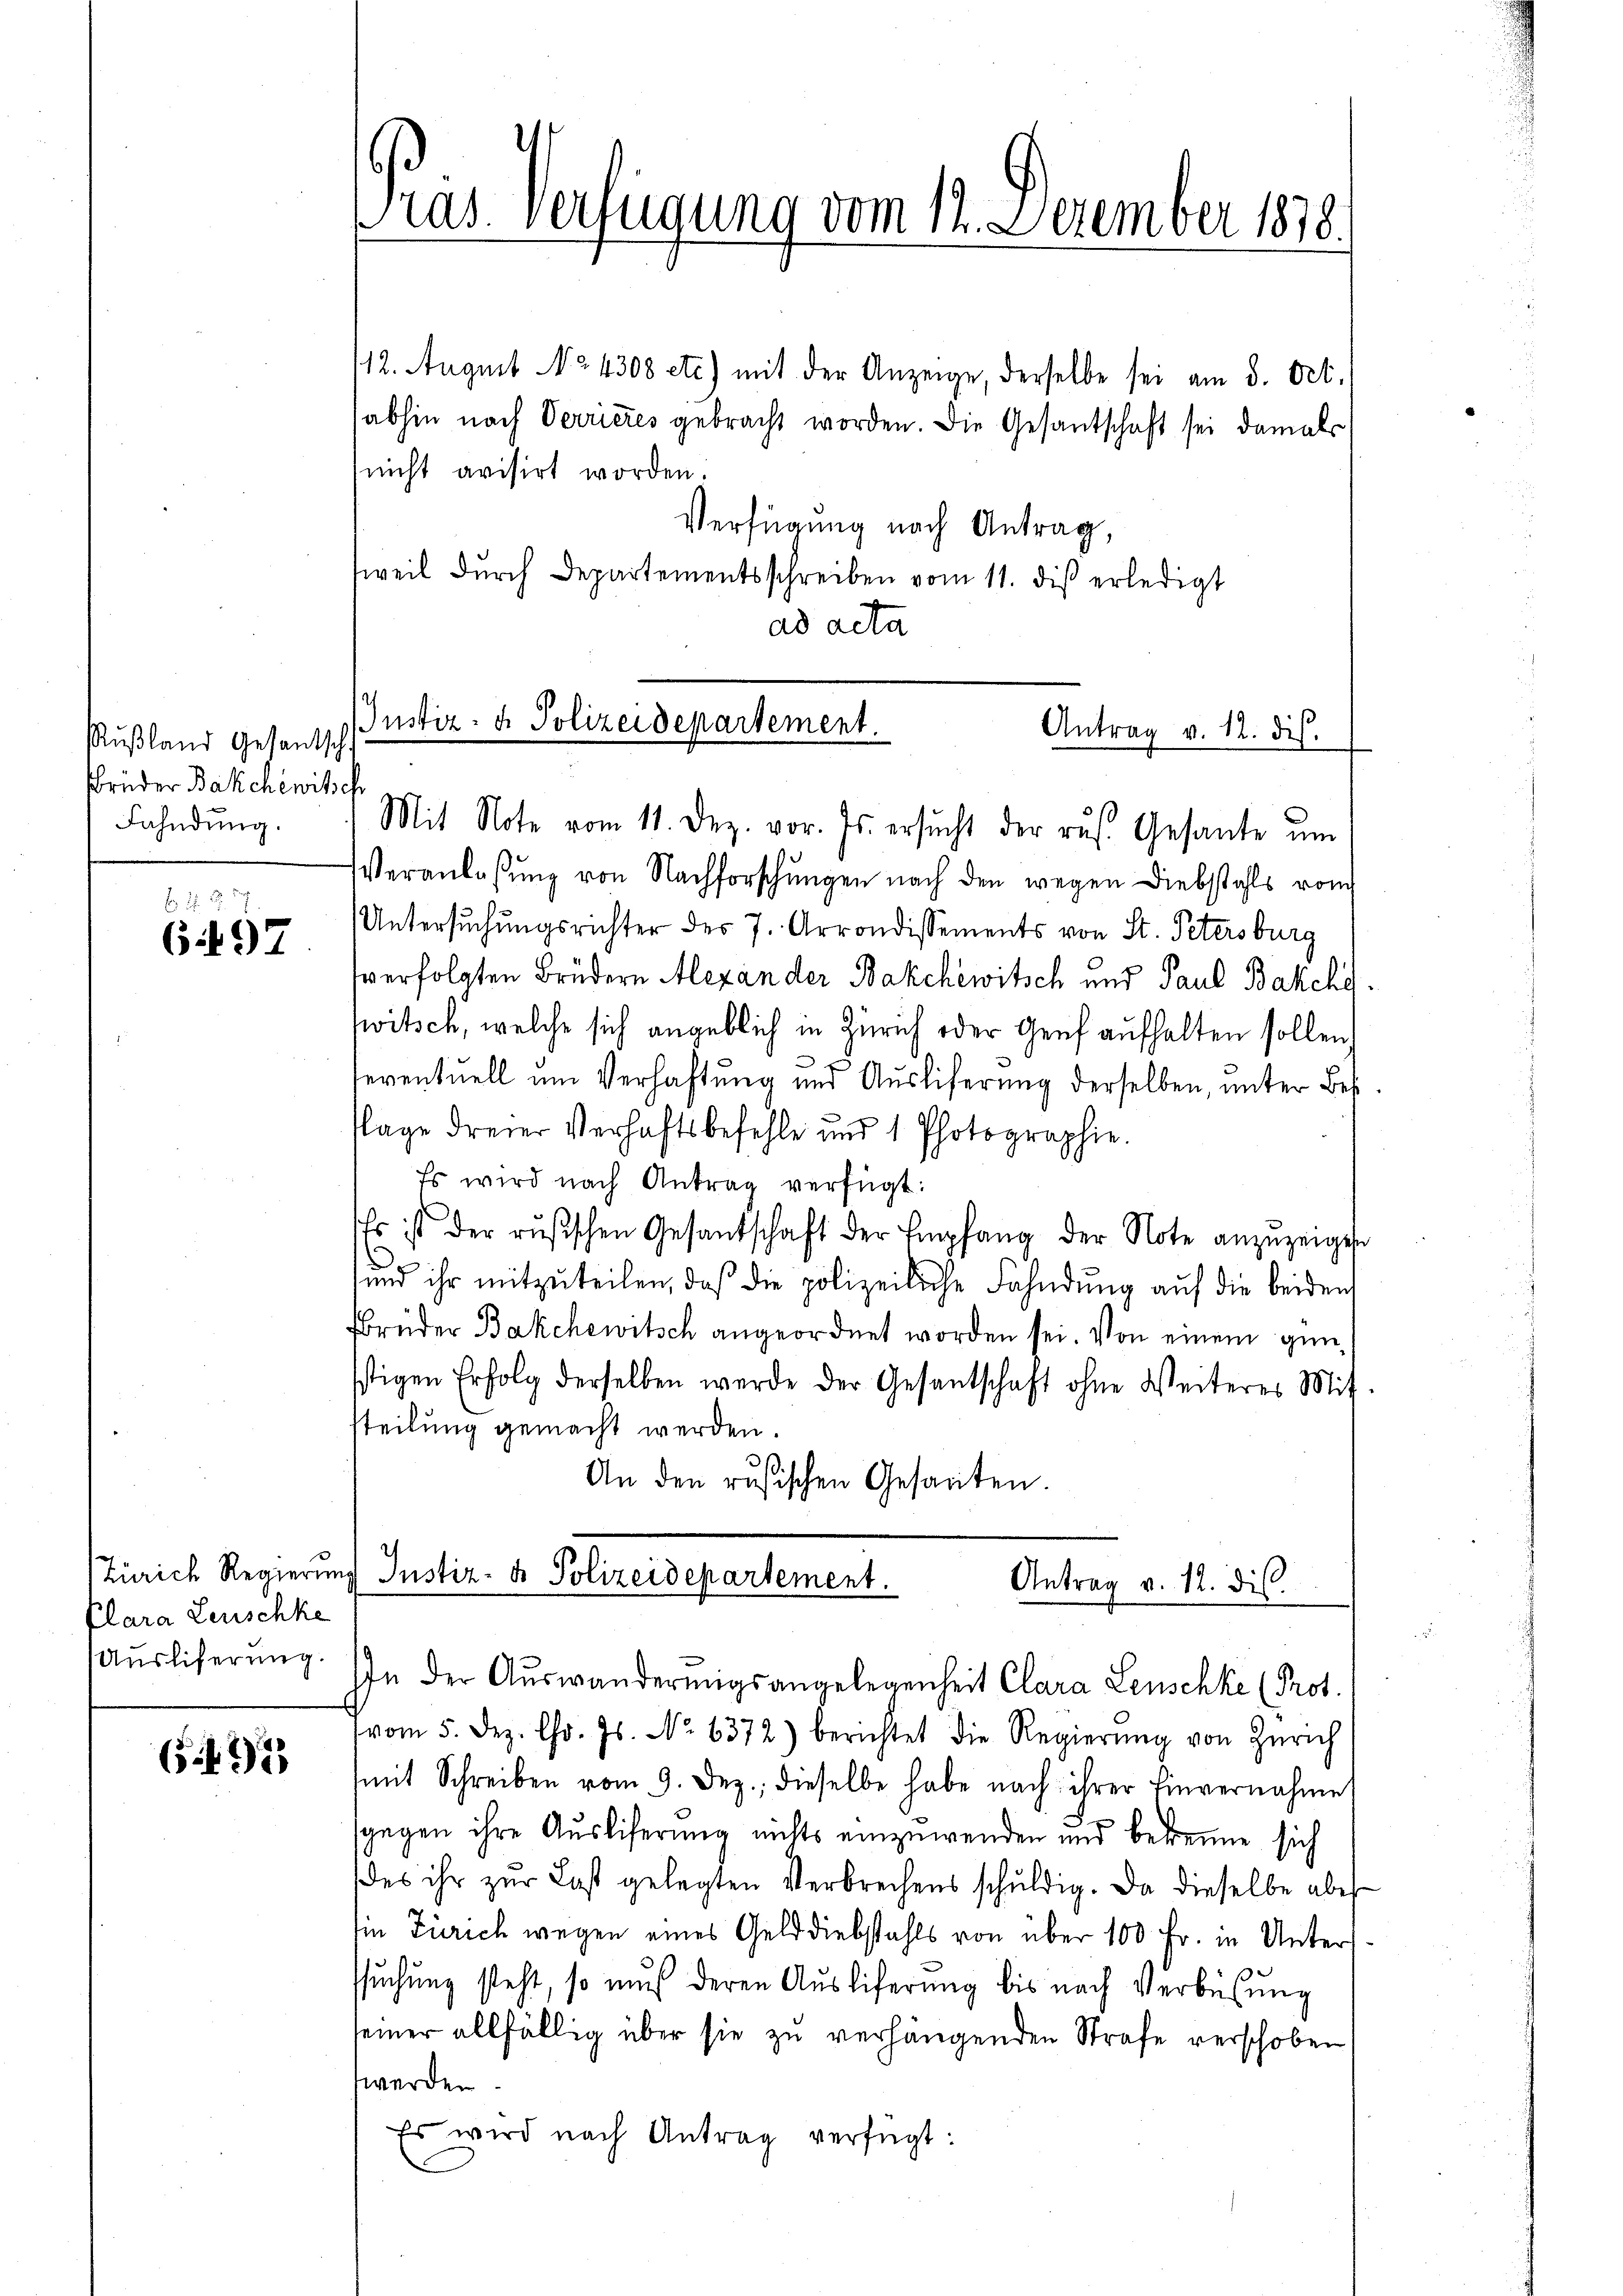
Rußland Gesantschf
Brüder Bakchewitsch
Fahndung.

b. d. 2
6.497

Zürich Regierun
Plara Leuschke
Ausliferung

542

Pias Verfügung vom 13. December 1818.

112. August No. 4308 etc.) mit der Anzeige, derselbe sei am 8. Oct.
abhin nach Verrieres gebracht worden. Die Gesantschaft sei damals
nicht avisirt worden.
Verfügung nach Antrag,
weil durch Departementsschreiben vom 11. dis erledigt
ad acta

Mit Note vom 11. Dez. vor. Js. ersŭcht der rus. Gesante um
Veranlassŭng von Nachforschungen nach den wegen Diebstahls vom
Untersuchungsrichter des 7. Arrondissements von St. Petersburg
verfolgten Brüdern Alexander Bakchéwitsch und Paul Bakchg
witsch, welche sich angeblich in Zürich oder Genf aufhalten sollen.

IJustiz- & Polizeidepartement.
Antrag v. 12. dis.

eventuell um Verhaftung und Auslieferung derselben, unter Bes
Tage dreier Verhaftsbefehle und 1 Photographie.
Es wird nach Antrag verfügt:
Es ist der rŭsischen Gesandschaft der Empfang der Note anzuzeigene
und ihr mitzŭteilen, daß die polizeiliche Fahndung auf die beiden
Brüder Bakchewitsch angeordnet worden sei. Von einem günstigen Erfolg derselben werde der Gesantschaft ohne Weiteres Mit-
steilung gemacht werden.
An den rusischen Gesanten.

Instiz- & Polizeidepartement.
Antrag v. 12. dis
IIn der Auswanderungsangelegenheit Clara Leuschke (Prot.

vom 5. Dez. Chr. Js. No 6372) berichtet die Regierŭng von Zürich
mit Schreiben vom 9. Dez. dieselbe habe nach ihrer Einvernahme
gegen ihre Ausliferung nichts einzuwenden und bekenne sich
des ihr zŭr Last gelegten Verbrechens schŭldig. Da dieselbe aber
Ein Zürich wegen eines Gelddiebstahls von über 100 Fr. in Unterssuchung steht, so muß deren Auslieferung bis nach Verbüßung
seiner allfällig über sie zu verhängenden Strafe verschoben
werden.
Es wird nach Antrag verfügt: